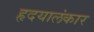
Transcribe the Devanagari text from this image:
हृदयालंकार